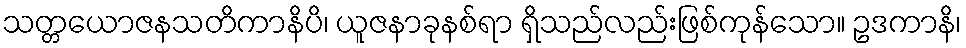
သတ္တယောဇနသတိကာနိပိ၊ ယူဇနာခုနစ်ရာ ရှိသည်လည်းဖြစ်ကုန်သော။ ဥဒကာနိ၊